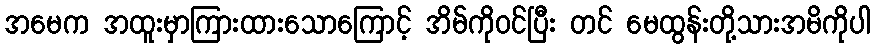
အမေက အထူးမှာကြားထားသောကြောင့် အိမ်ကိုဝင်ပြီး တင် မေထွန်းတို့သားအမိကိုပါ